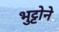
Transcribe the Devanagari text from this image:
भुट्टोने